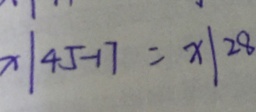
x \vert 4 5 - 1 7 = x \vert 2 8